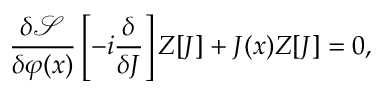
{ \frac { \delta { \mathcal { S } } } { \delta \varphi ( x ) } } \left[ - i { \frac { \delta } { \delta J } } \right] Z [ J ] + J ( x ) Z [ J ] = 0 ,